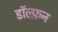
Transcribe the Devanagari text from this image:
डॉल्फ़न